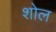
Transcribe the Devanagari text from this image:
शोल